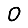
Digit: 0